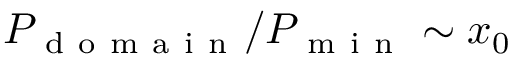
P _ { \mathrm { ~ d ~ o ~ m ~ a ~ i ~ n ~ } } / P _ { \mathrm { ~ m ~ i ~ n ~ } } \sim x _ { 0 }